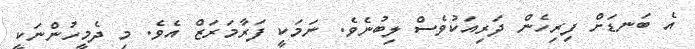
އެ ބަނޑަށް ފިރިހެން ދަރިއަކުވެސް ލިބުނެވެ. ނަމަކީ ފަރާމަރަޒް އެވެ. މި ދެމީހުންނަކީ